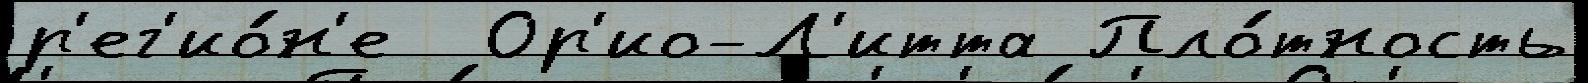
р'ег'ио́н'е  Ор'ио-Л'итта Пло́тность